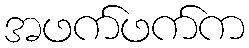
အဖက်ဖက်က